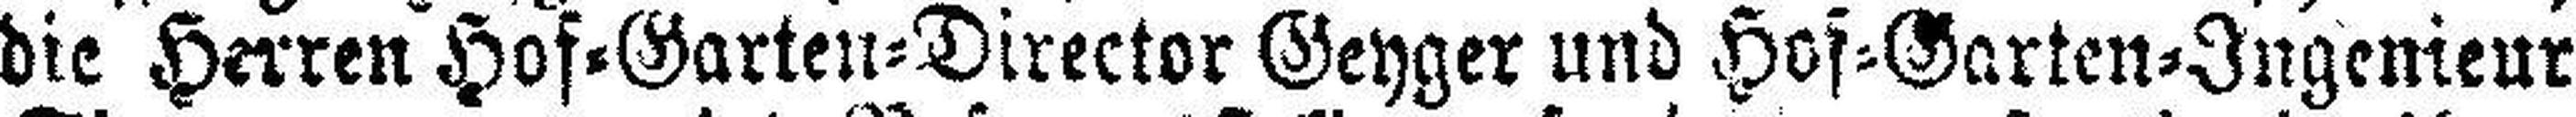
die Herren Hof=Garten=Director Geyger und Hof=Garten=Ingenieur